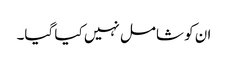
ان کو شامل نہیں کیا گیا۔